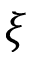
\xi